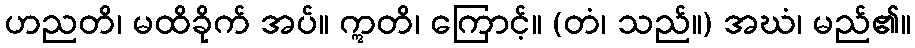
ဟညတိ၊ မထိခိုက် အပ်။ ဣတိ၊ ကြောင့်။ (တံ၊ သည်။) အဃံ၊ မည်၏။